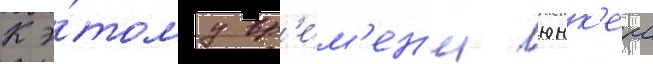
К э́тому вр'е́м'ен'и юнк'ерс